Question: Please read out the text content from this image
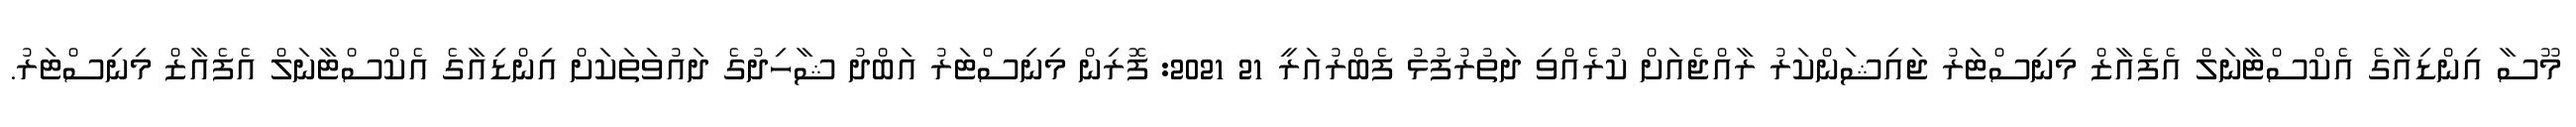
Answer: މޫސާ އިންޑިއާގެ އެކްސްޓާނަލް އެފެއާޒް މިނިސްޓަރު ޖައިޝަންކަރު ރާއްޖެއަށް ކުރެއްވި ދަތުރުފުޅު ފެބްރުއަރީ 21 2021: ފޮރިން މިނިސްޓަރު އަބްދު ޝާހިދުގެ ދައުވަތަކަށް އިންޑިއާގެ އެކްސްޓާނަލް އެފެއާޒް މިނިސްޓަރު.